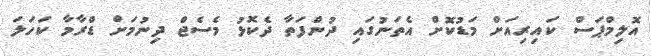
އޮލިމްޕަސް ކައިރިއަށް މަޑުކޮށް އެތަނުގައި ދުންފަތާ ދެކޮޅު މެސެޖް ދިނުމަށް ޑްރާމާ ކަހަަލަ